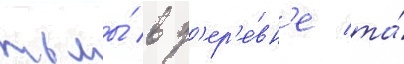
тьмы́ в д'ер'е́вн'е та́